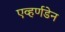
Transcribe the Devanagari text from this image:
एव्हर्णडेन